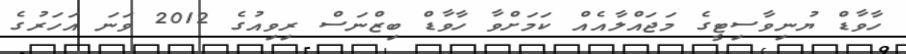
ހާވާޑް ޔުނިވާސިޓީގެ މަޖައްލާއެއް ކަމަށްވާ ހާވާޑް ބިޒްނަސް ރިވިއުގެ 2012 ވަނަ އަހަރުގެ